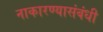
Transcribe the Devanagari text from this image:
नाकारण्यासंबंधी